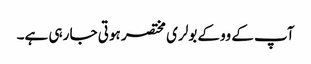
آپ کے ووکے بولری مختصر ہوتی جا رہی ہے۔